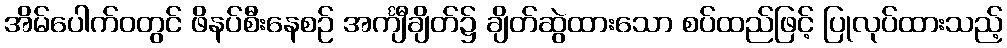
အိမ်ပေါက်ဝတွင် ဖိနပ်စီးနေစဉ် အင်္ကျီချိတ်၌ ချိတ်ဆွဲထားသော စပ်ထည်ဖြင့် ပြုလုပ်ထားသည့်